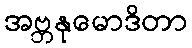
အဗ္ဘနုမောဒိတာ